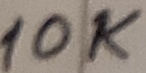
Text: 10K